Civil Veterinary Department. Madras. Admin. report 1926-33 - 1926-1933
Year: 1926
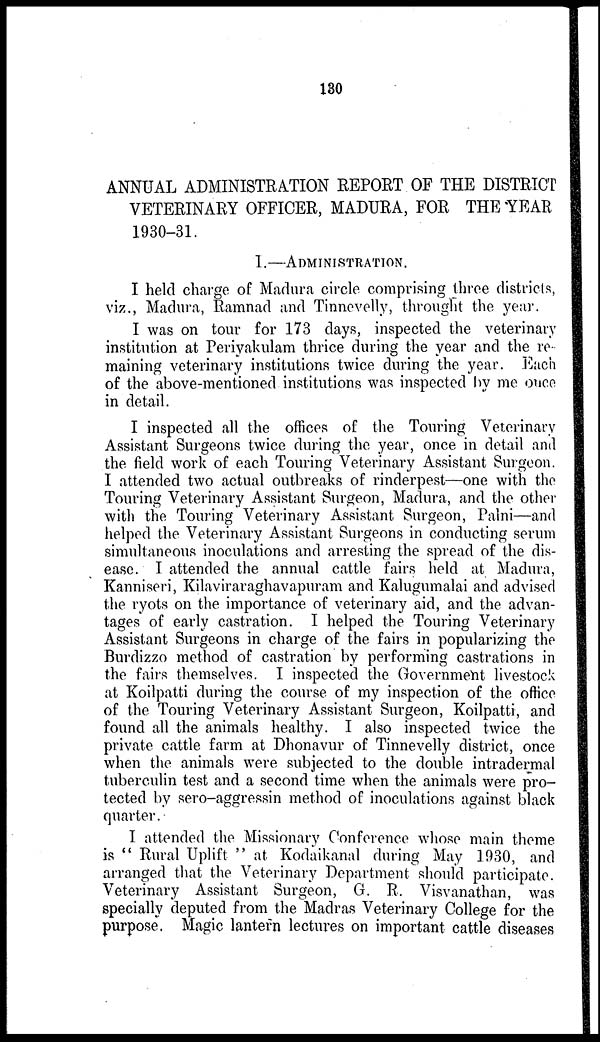
130
ANNUAL ADMINISTRATION REPORT OF THE DISTRICT
VETERINARY OFFICER, MADURA, FOR THE YEAR
1930-31.
I.—ADMINISTRATION.
I held charge of Madura circle comprising three districts,
viz., Madura, Ramnad and Tinnevelly, throught the year.
I was on tour for 173 days, inspected the veterinary
institution at Periyakulam thrice during the year and the re-
maining veterinary institutions twice during the year. Each
of the above-mentioned institutions was inspected by me once
in detail.
I inspected all the offices of the Touring Veterinary
Assistant Surgeons twice during the year, once in detail and
the field work of each Touring Veterinary Assistant Surgeon.
I attended two actual outbreaks of rinderpest—one with the
Touring Veterinary Assistant Surgeon, Madura, and the other
with the Touring Veterinary Assistant Surgeon, Palni—and
helped the Veterinary Assistant Surgeons in conducting serum
simultaneous inoculations and arresting the spread of the dis-
ease. I attended the annual cattle fairs held at Madura,
Kanniseri, Kilaviraraghavapuram and Kalugumalai and advised
the ryots on the importance of veterinary aid, and the advan-
tages of early castration. I helped the Touring Veterinary
Assistant Surgeons in charge of the fairs in popularizing the
Burdizzo method of castration by performing castrations in
the fairs themselves. I inspected the Government livestock
at Koilpatti during the course of my inspection of the office
of the Touring Veterinary Assistant Surgeon, Koilpatti, and
found all the animals healthy. I also inspected twice the
private cattle farm at Dhonavur of Tinnevelly district, once
when the animals were subjected to the double intradermal
tuberculin test and a second time when the animals were pro-
tected by sero—aggressin method of inoculations against black
quarter.
I attended the Missionary Conference whose main theme
is "Rural Uplift" at Kodaikanal during May 1930, and
arranged that the Veterinary Department should participate.
Veterinary Assistant Surgeon, G. R. Visvanathan, was
specially deputed from the Madras Veterinary College for the
purpose. Magic lantern lectures on important cattle diseases